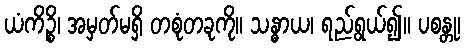
ယံကိဉ္စိ၊ အမှတ်မရှိ တစုံတခုကို။ သန္ဓာယ၊ ရည်ရွယ်၍။ ပစန္တု၊